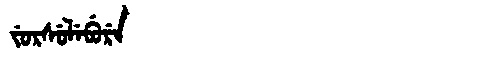
Manchu: ᠵᡠᡵᠰᡠᠯᡝᠪᡠᡵᡝ
Romanization: JURSULEBURE